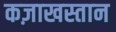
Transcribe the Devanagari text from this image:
कज़ाखस्तान